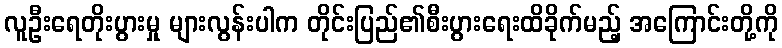
လူဦးရေတိုးပွားမှု များလွန်းပါက တိုင်းပြည်၏စီးပွားရေးထိခိုက်မည့် အကြောင်းတို့ကို